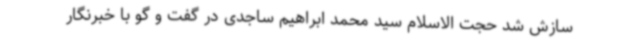
سازش شد حجت الاسلام سید محمد ابراهیم ساجدی در گفت و گو با خبرنگار